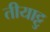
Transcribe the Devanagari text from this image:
तीयाट्टु